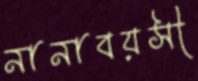
নানাবয়সী